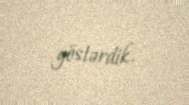
göstərdik.